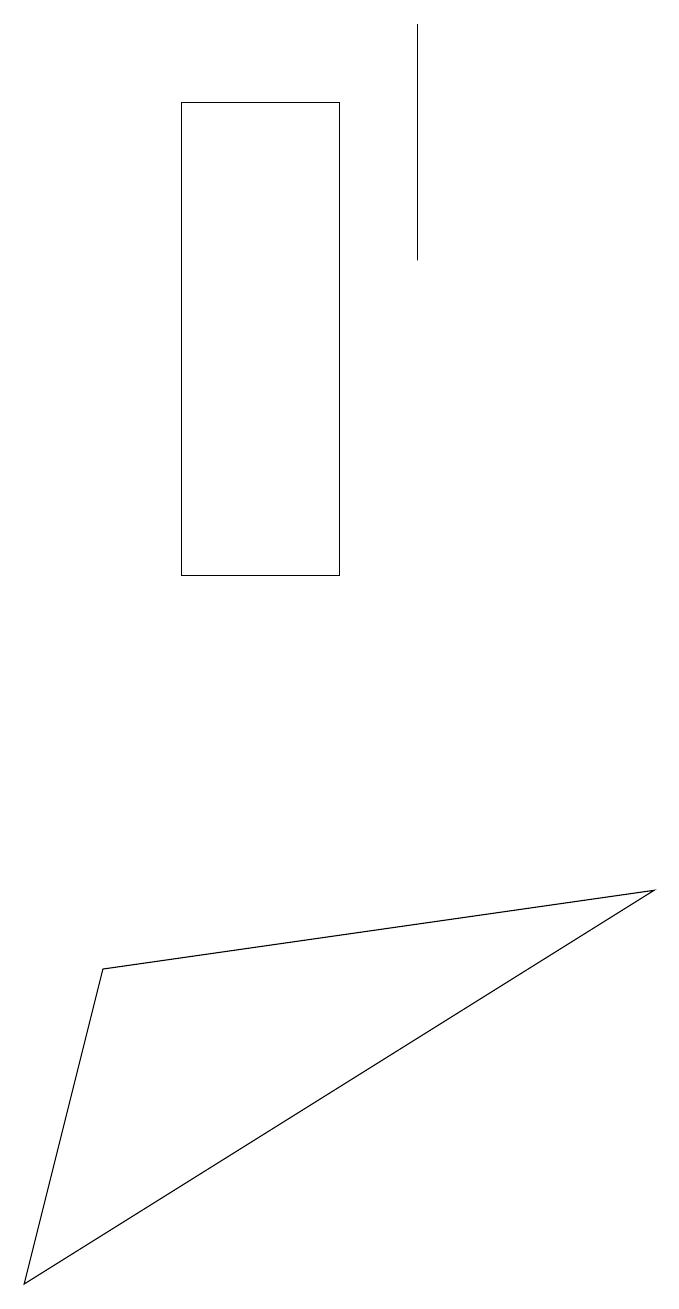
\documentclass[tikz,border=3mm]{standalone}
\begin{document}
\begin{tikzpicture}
\draw (2,17) rectangle (4,11);
\draw (5,18) rectangle (5,15);
\draw (1,6) -- (8,7) -- (0,2) -- cycle;
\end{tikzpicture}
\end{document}